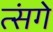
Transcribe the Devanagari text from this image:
त्संगे